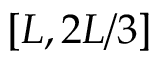
[ { L } , 2 { L } / 3 ]